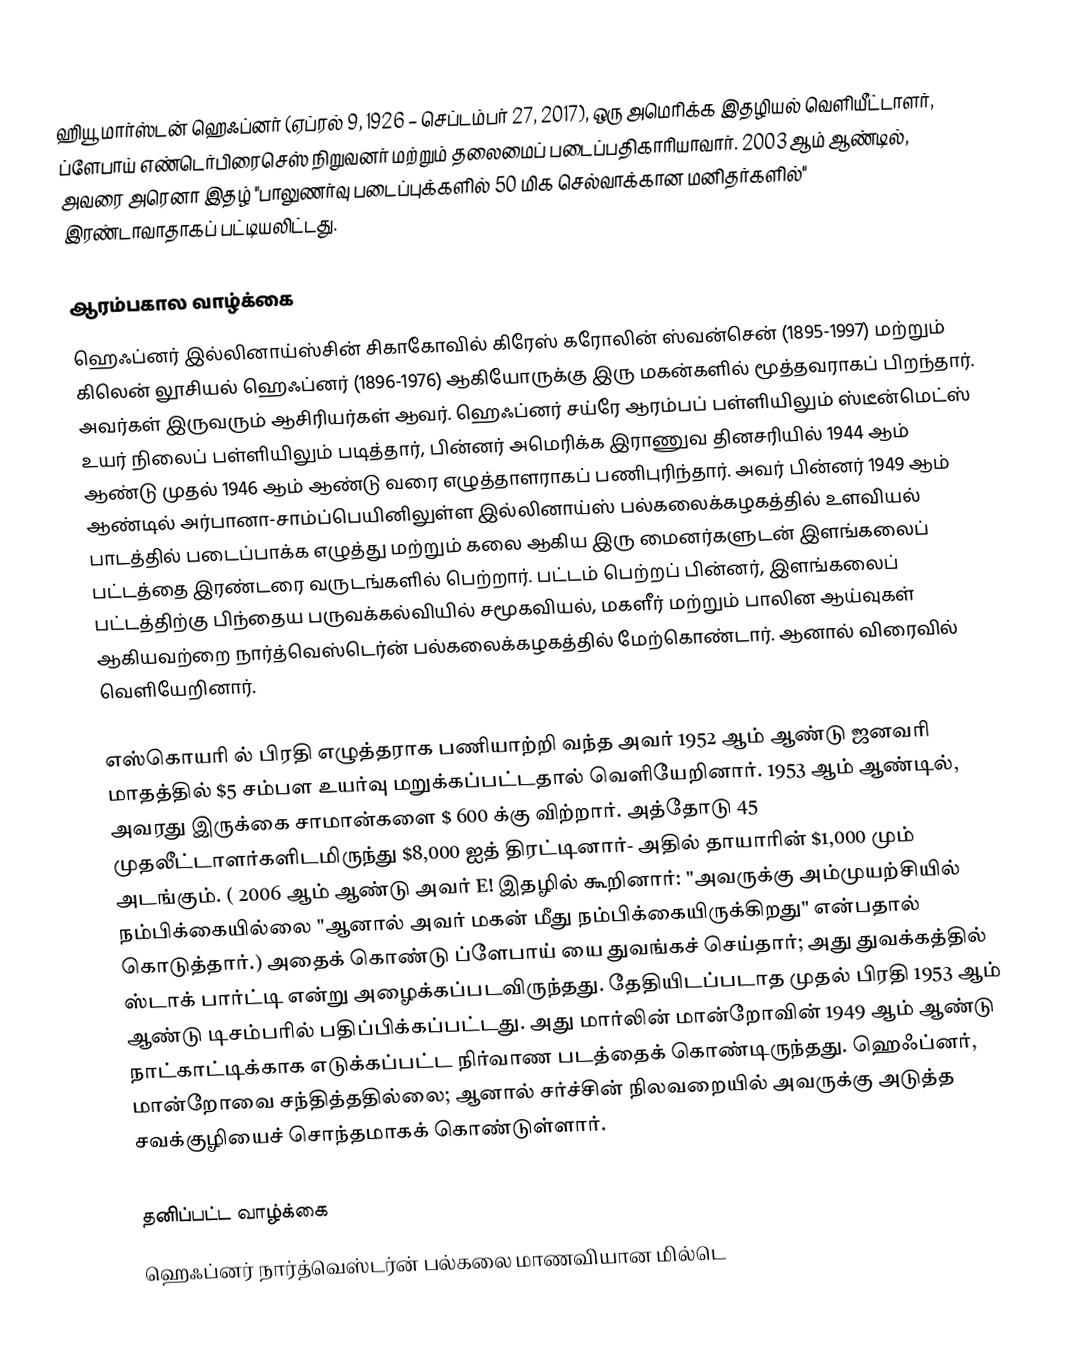
ஹியூ மார்ஸ்டன் ஹெஃப்னர் (ஏப்ரல் 9, 1926 – செப்டம்பர் 27, 2017), ஒரு அமெரிக்க இதழியல் வெளியீட்டாளர், ப்ளேபாய் எண்டெர்பிரைசெஸ் நிறுவனர் மற்றும் தலைமைப் படைப்பதிகாரியாவார். 2003 ஆம் ஆண்டில், அவரை அரெனா இதழ் "பாலுணர்வு படைப்புக்களில் 50 மிக செல்வாக்கான மனிதர்களில்" இரண்டாவாதாகப் பட்டியலிட்டது.

ஆரம்பகால வாழ்க்கை
ஹெஃப்னர் இல்லினாய்ஸ்சின் சிகாகோவில் கிரேஸ் கரோலின் ஸ்வன்சென் (1895-1997) மற்றும் கிலென் லூசியல் ஹெஃப்னர் (1896-1976) ஆகியோருக்கு இரு மகன்களில் மூத்தவராகப் பிறந்தார். அவர்கள் இருவரும் ஆசிரியர்கள் ஆவர். ஹெஃப்னர் சய்ரே ஆரம்பப் பள்ளியிலும் ஸ்டீன்மெட்ஸ் உயர் நிலைப் பள்ளியிலும் படித்தார், பின்னர் அமெரிக்க இராணுவ தினசரியில் 1944 ஆம் ஆண்டு முதல் 1946 ஆம் ஆண்டு வரை எழுத்தாளராகப் பணிபுரிந்தார். அவர் பின்னர் 1949 ஆம் ஆண்டில் அர்பானா-சாம்ப்பெயினிலுள்ள இல்லினாய்ஸ் பல்கலைக்கழகத்தில் உளவியல் பாடத்தில் படைப்பாக்க எழுத்து மற்றும் கலை ஆகிய இரு மைனர்களுடன் இளங்கலைப் பட்டத்தை இரண்டரை வருடங்களில் பெற்றார். பட்டம் பெற்றப் பின்னர், இளங்கலைப் பட்டத்திற்கு பிந்தைய பருவக்கல்வியில் சமூகவியல், மகளீர் மற்றும் பாலின ஆய்வுகள் ஆகியவற்றை நார்த்வெஸ்டெர்ன் பல்கலைக்கழகத்தில் மேற்கொண்டார். ஆனால் விரைவில் வெளியேறினார்.

எஸ்கொயரி ல் பிரதி எழுத்தராக பணியாற்றி வந்த அவர் 1952 ஆம் ஆண்டு ஜனவரி மாதத்தில் $5 சம்பள உயர்வு மறுக்கப்பட்டதால் வெளியேறினார். 1953 ஆம் ஆண்டில், அவரது இருக்கை சாமான்களை $ 600 க்கு விற்றார். அத்தோடு 45 முதலீட்டாளர்களிடமிருந்து $8,000 ஐத் திரட்டினார்- அதில் தாயாரின் $1,000 மும் அடங்கும். ( 2006 ஆம் ஆண்டு அவர் E! இதழில் கூறினார்: "அவருக்கு அம்முயற்சியில் நம்பிக்கையில்லை "ஆனால் அவர் மகன் மீது நம்பிக்கையிருக்கிறது" என்பதால் கொடுத்தார்.) அதைக் கொண்டு ப்ளேபாய் யை துவங்கச் செய்தார்; அது துவக்கத்தில் ஸ்டாக் பார்ட்டி என்று அழைக்கப்படவிருந்தது. தேதியிடப்படாத முதல் பிரதி 1953 ஆம் ஆண்டு டிசம்பரில் பதிப்பிக்கப்பட்டது. அது மார்லின் மான்றோவின் 1949 ஆம் ஆண்டு நாட்காட்டிக்காக எடுக்கப்பட்ட நிர்வாண படத்தைக் கொண்டிருந்தது. ஹெஃப்னர், மான்றோவை சந்தித்ததில்லை; ஆனால் சர்ச்சின் நிலவறையில் அவருக்கு அடுத்த சவக்குழியைச் சொந்தமாகக் கொண்டுள்ளார்.

தனிப்பட்ட வாழ்க்கை
ஹெஃப்னர் நார்த்வெஸ்டர்ன் பல்கலை மாணவியான மில்டெ